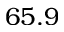
6 5 . 9